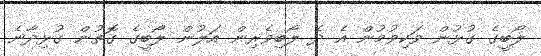
ލޯބީގެ ގުޅުން ވަކިވުމުން އެ ދެ ލޯބިވެރިން އަލުން ލޯބީގެ ގޮތުން ގުޅިދާނެ